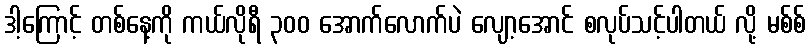
ဒါ့ကြောင့် တစ်နေ့ကို ကယ်လိုရီ ၃၀၀ အောက်လောက်ပဲ လျော့အောင် စလုပ်သင့်ပါတယ် လို့ မစ်စ်